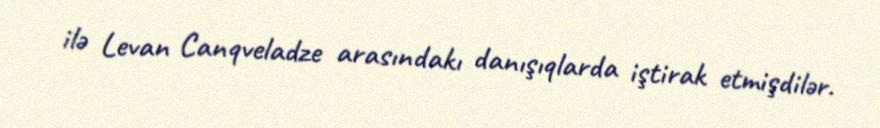
ilə Levan Canqveladze arasındakı danışıqlarda iştirak etmişdilər.